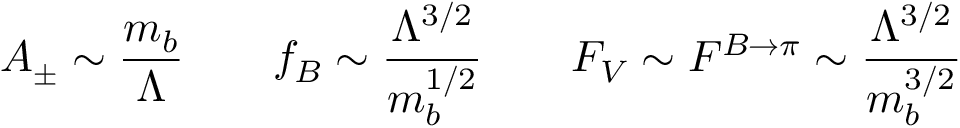
A _ { \pm } \sim \frac { m _ { b } } { \Lambda } \qquad f _ { B } \sim \frac { \Lambda ^ { 3 / 2 } } { m _ { b } ^ { 1 / 2 } } \qquad F _ { V } \sim F ^ { B \to \pi } \sim \frac { \Lambda ^ { 3 / 2 } } { m _ { b } ^ { 3 / 2 } }